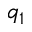
q _ { 1 }